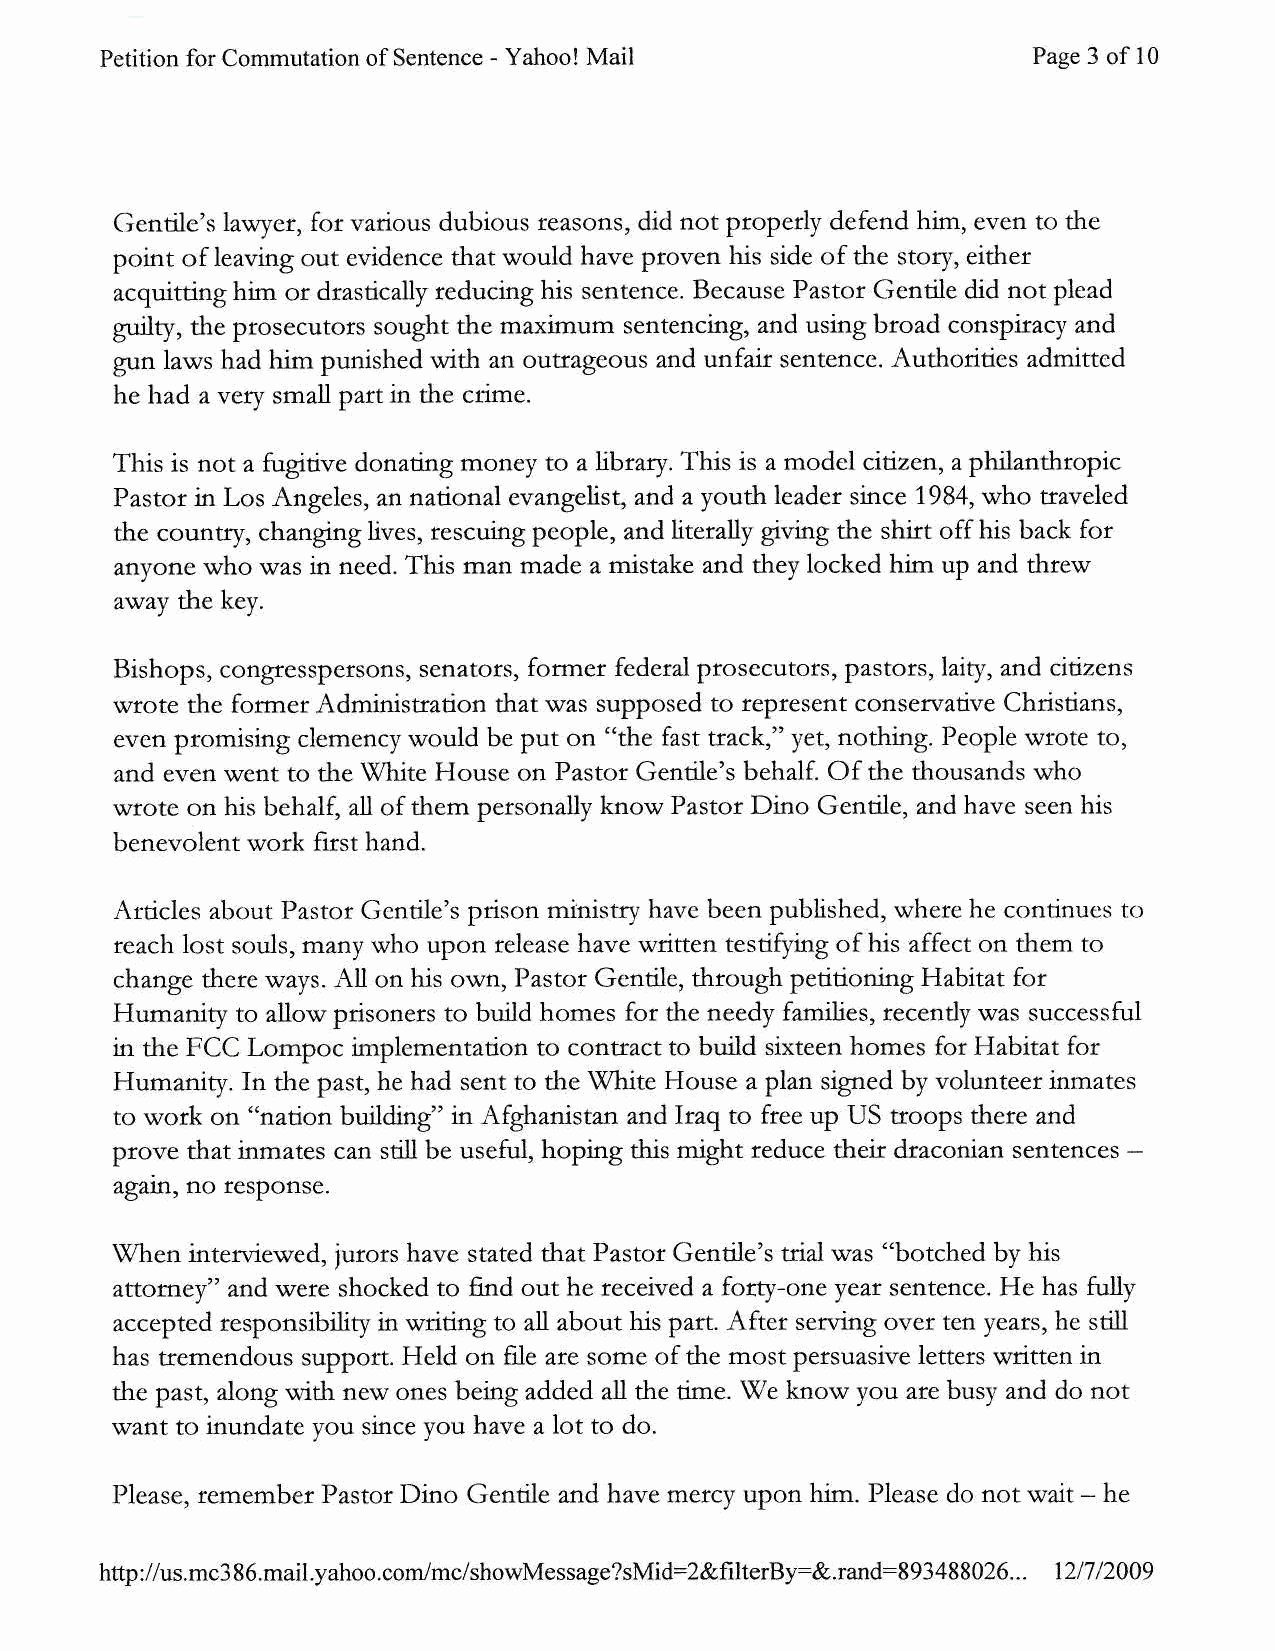
Petition for Commutation of Sentence- Yahoo! Mail            Page 3 of 10
 Gentile's lawyer, for various dubious reasons, did not properly defend him, even to the
 point of leaving out evidence that would have proven his side of the story, either
 acquitting him or drastically reducing his sentence. Because Pastor Gentile did not plead
 guilty, the prosecutors sought the maximum sentencing, and using broad conspiracy and
 gun laws had him punished with an outrageous and unfair sentence. Authorities admitted
 he had a very small part in the crime.
 This is not a fugitive donating money to a library. This is a model citizen, a philanthropic
 Pastor in Los Angeles, an national evangelist, and a youth leader since 1984, who traveled
 the country, changing lives, rescuing people, and literally giving the shirt off his back for
 anyone who was in need. This man made a mistake and they locked him up and threw
 away the key.
 Bishops, congresspersons, senators, former federal prosecutors, pastors, laity, and citizens
 wrote the former Administration that was supposed to represent conservative Christians,
 even promising clemency would be put on "the fast track," yet, nothing. People wrote to,
 and even went to the White House on Pastor Gentile's behalf. Of the thousands who
 wrote on his behalf, all of them personally know Pastor Dino Gentile, and have seen his
 benevolent work first hand.
 Articles about Pastor Gentile's prison ministry have been published, where he continues to
 reach lost souls, many who upon release have written testifying of his affect on them to
 change there ways. All on his own, Pastor Gentile, through petitioning Habitat for
 Humanity to allow prisoners to build homes for the needy families, recently was successful
 in the FCC Lompoc implementation to contract to build sixteen homes for Habitat for
 Humanity. In the past, he had sent to the White House a plan signed by volunteer inmates
 to work on "nation building" in Afghanistan and Iraq to free up US troops there and
 prove that inmates can still be useful, hoping this might reduce their draconian sentences
 agam, no response.
 When interviewed, jurors have stated that Pastor Gentile's trial was "botched by his
 attorney" and were shocked to find out he received a forty-one year sentence. He has fully
 accepted responsibility in writing to all about his part. After serving over ten years, he still
 has tremendous support. Held on file are some of the most persuasive letters written in
 the past, along with new ones being added all the time. We know you are busy and do not
 want to inundate you since you have a lot to do.
 Please, remember Pastor Dino Gentile and have mercy upon him. Please do not wait - he
 http:// us.mc3 86.mail. yahoo.cornlmc/showMessage?sMid=2&filterBy=&.rand=893488026. .. 12/7/2009